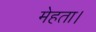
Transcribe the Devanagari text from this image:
मेहता।